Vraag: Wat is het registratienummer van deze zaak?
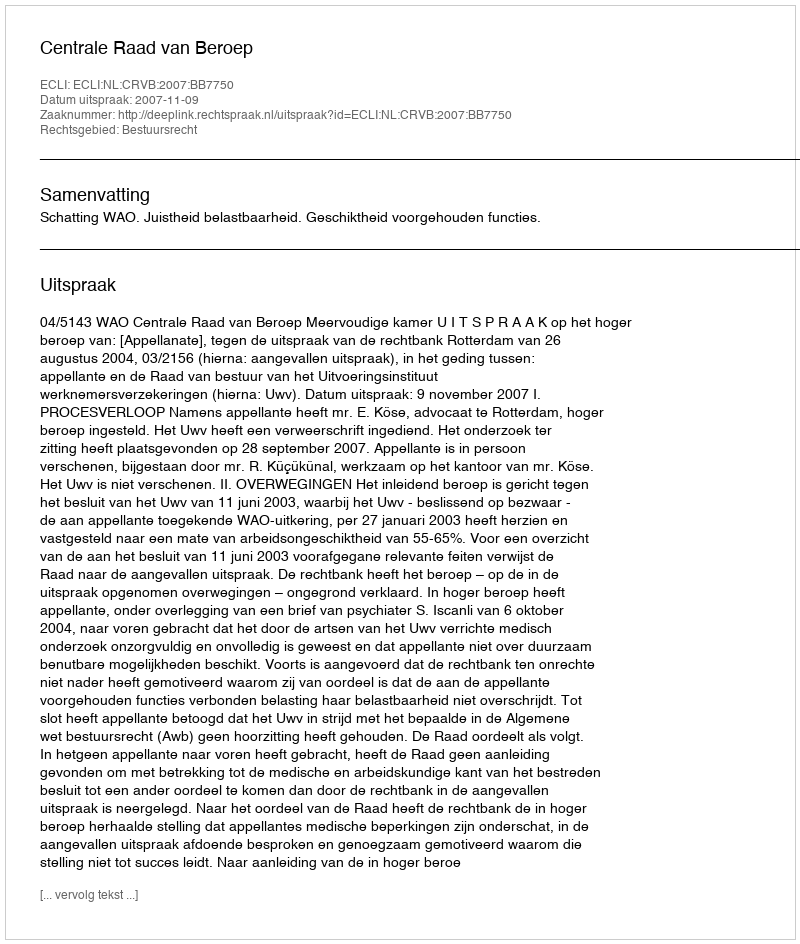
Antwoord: http://deeplink.rechtspraak.nl/uitspraak?id=ECLI:NL:CRVB:2007:BB7750